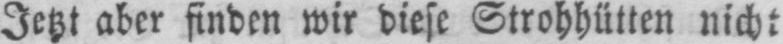
Jetzt aber finden wir diese Strohhütten nicht